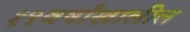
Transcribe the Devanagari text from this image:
१९वर्षांखालील